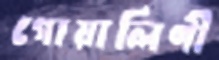
গোয়ালিণী